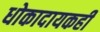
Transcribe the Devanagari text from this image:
धोकादायकही